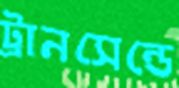
ট্রানসেন্ডে